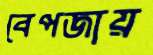
বেপজায়